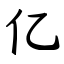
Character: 亿